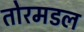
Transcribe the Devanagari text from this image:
तोरमडल